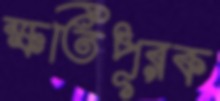
ক্ষতিপূরক